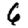
Digit: 6